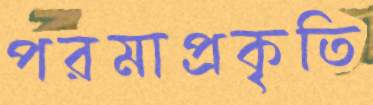
পরমাপ্রকৃতি